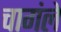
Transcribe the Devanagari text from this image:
चागंले